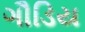
ગૌડિય